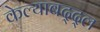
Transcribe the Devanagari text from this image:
केल्याबद्द्ल